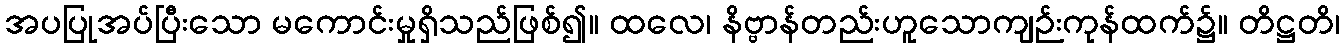
အပပြုအပ်ပြီးသော မကောင်းမှုရှိသည်ဖြစ်၍။ ထလေ၊ နိဗ္ဗာန်တည်းဟူသောကျဉ်းကုန်ထက်၌။ တိဋ္ဌတိ၊